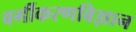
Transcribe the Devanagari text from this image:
वर्गीकरणविज्ञान